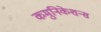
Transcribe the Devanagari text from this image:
कमुनिकेशन्स